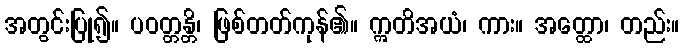
အတွင်းပြု၍။ ပဝတ္တန္တိ၊ ဖြစ်တတ်ကုန်၏။ ဣတိအယံ၊ ကား။ အတ္ထော၊ တည်း။